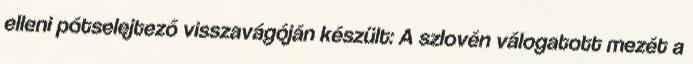
elleni pótselejtező visszavágóján készült: A szlovén válogatott mezét a